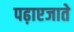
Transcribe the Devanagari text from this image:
पढ़ाएजाते